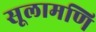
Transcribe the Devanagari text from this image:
सूलामणि